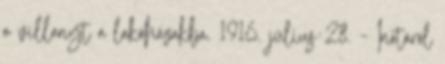
a villanyt a lakóházakba. 1916. július 28. – Inotáról